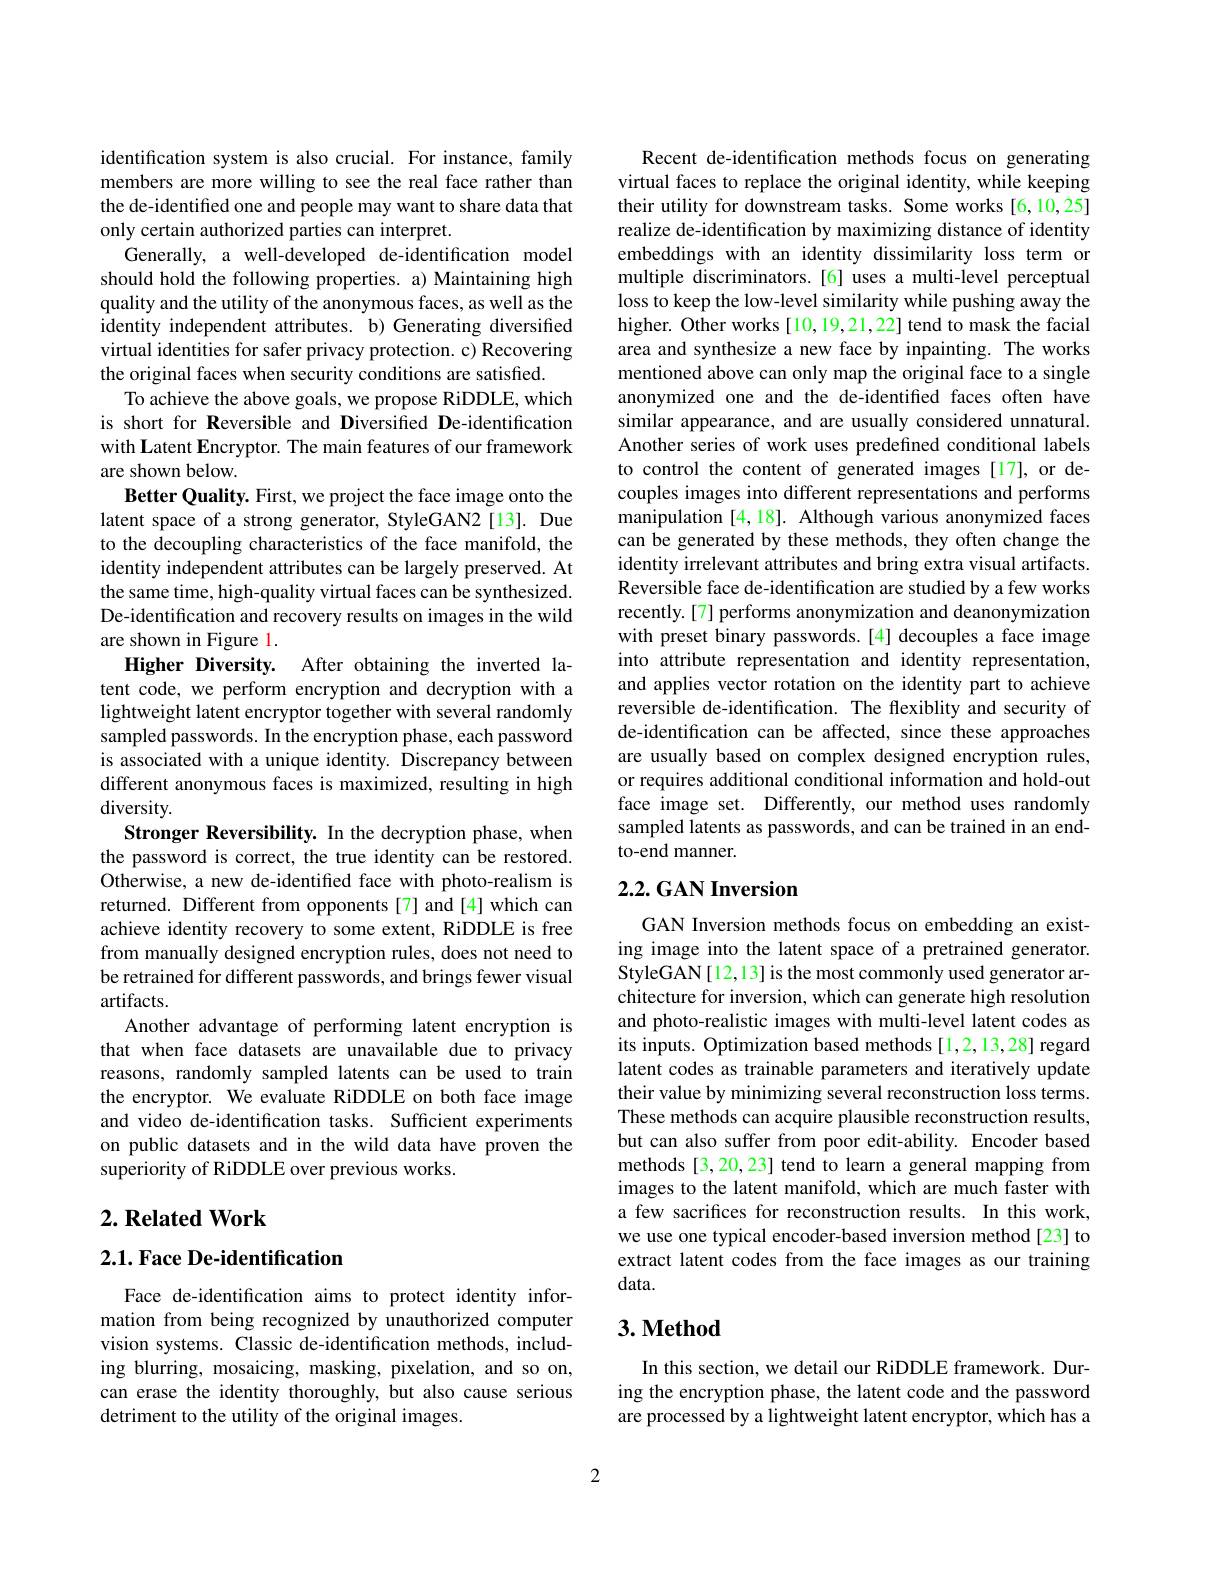
identification system is also crucial. For instance, family members are more willing to see the real face rather than the de-identified one and people may want to share data that only certain authorized parties can interpret.
Generally, a well-developed de-identification model should hold the following properties. a) Maintaining high quality and the utility of the anonymous faces, as well as the identity independent attributes. b) Generating diversified virtual identities for safer privacy protection. c) Recovering the original faces when security conditions are satisfied
To achieve the above goals, we propose RiDDLE, which is short for Reversible and Diversified De-identification with Latent Encryptor. The main features of our framework are shown below.
Better Quality. First, we project the face image onto the latent space of a strong generator, StyleGAN2[13]. Due to the decoupling characteristics of the face manifold, the identity independent attributes can be largely preserved. At the same time, high-quality virtual faces can be synthesized De-identification and recovery results on images in the wild are shown in Figure l.
Higher Diversity. After obtaining the inverted latent code, we perform encryption and decryption with a lightweight latent encryptor together with several randomly sampled passwords. In the encryption phase, each password is associated with a unique identity. Discrepancy between different anonymous faces is maximized, resulting in high diversity.
Stronger Reversibility. In the decryption phase, when the password is correct, the true identity can be restored. Otherwise, a new de-identified face with photo-realism is returned. Different from opponents[7] and[4] which can achieve identity recovery to some extent, RiDDLE is free from manually designed encryption rules, does not need to be retrained for different passwords, and brings fewer visual artifacts.
Another advantage of performing latent encryption is that when face datasets are unavailable due to privacy reasons, randomly sampled latents can be used to train the encryptor. We evaluate RiDDLE on both face image and video de-identification tasks. Sufficient experiments on public datasets and in the wild data have proven the superiority of RiDDLE over previous works.

## $2. \textbf{Related Work}$

## $2. 1. \textbf{Face De- identification}$

Face de-identification aims to protect identity information from being recognized by unauthorized computer vision systems. Classic de-identification methods, including blurring, mosaicing, masking, pixelation, and so on, can erase the identity thoroughly, but also cause serious detriment to the utility of the original images.

Recent de-identification methods focus on generating virtual faces to replace the original identity, while keeping their utility for downstream tasks. Some works [6,10,25] realize de-identification by maximizing distance of identity embeddings with an identity dissimilarity loss term or multiple discriminators.[6] uses a multi-level perceptual loss to keep the low-level similarity while pushing away the higher. Other works [10,19,21,22] tend to mask the facial area and synthesize a new face by inpainting. The works mentioned above can only map the original face to a single anonymized one and the de-identified faces often have similar appearance, and are usually considered unnatural. Another series of work uses predefined conditional labels to control the content of generated images [17], or decouples images into different representations and performs manipulation [4,18]. Although various anonymized faces can be generated by these methods, they often change the identity irrelevant attributes and bring extra visual artifacts. Reversible face de-identification are studied by a few works recently.[7] performs anonymization and deanonymization with preset binary passwords.[4] decouples a face image into attribute representation and identity representation, and applies vector rotation on the identity part to achieve reversible de-identification. The flexiblity and security of de-identification can be affected, since these approaches are usually based on complex designed encryption rules, or requires additional conditional information and hold-out face image set. Differently, our method uses randomly sampled latents as passwords, and can be trained in an endto-end manner

## 2.2. GAN Inversion

GAN Inversion methods focus on embedding an existing image into the latent space of a pretrained generator. StyleGAN[12,13] is the most commonly used generator architecture for inversion, which can generate high resolution and photo-realistic images with multi-level latent codes as its inputs. Optimization based methods [1,2,13,28] regard latent codes as trainable parameters and iteratively update their value by minimizing several reconstruction loss terms. These methods can acquire plausible reconstruction results, but can also suffer from poor edit-ability. Encoder based methods [3,20,23] tend to learn a general mapping from images to the latent manifold, which are much faster with a few sacrifices for reconstruction results. In this work, we use one typical encoder-based inversion method [23] to extract latent codes from the face images as our training data.

## $3. \textbf{Method}$

In this section, we detail our RiDDLE framework. During the encryption phase, the latent code and the password are processed by a lightweight latent encryptor, which has a

2